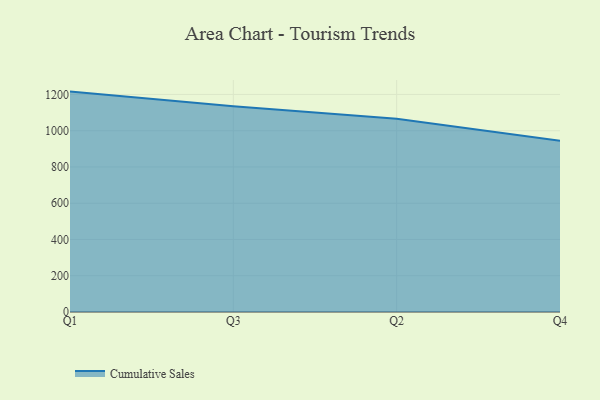
{"axis": {"x": "Quarter", "y": "LTV (USD)"}, "legend": ["Cumulative Sales"], "data": [{"x": "Q1", "y": 1215.7, "type": "Cumulative Sales"}, {"x": "Q3", "y": 1135.1, "type": "Cumulative Sales"}, {"x": "Q2", "y": 1066.3, "type": "Cumulative Sales"}, {"x": "Q4", "y": 944.9, "type": "Cumulative Sales"}]}